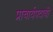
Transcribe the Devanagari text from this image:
प्राचार्यपदाची